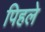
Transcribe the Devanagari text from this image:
पिहले